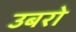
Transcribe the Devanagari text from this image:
उबरो